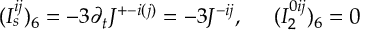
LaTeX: ( I _ { s } ^ { i j } ) _ { 6 } = - 3 \partial _ { t } J ^ { + - i ( j ) } = - 3 J ^ { - i j } , \; \; \; \; \; ( I _ { 2 } ^ { 0 i j } ) _ { 6 } = 0